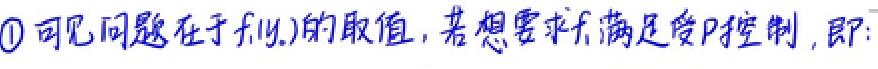
$\textcircled{1}$可见问题在于$f(y)$的取值，若想要求$f$满足受$P$控制，即: